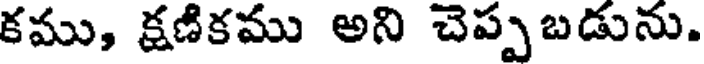
కము, క్షణికము అని చెప్పబడును.